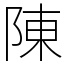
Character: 陳